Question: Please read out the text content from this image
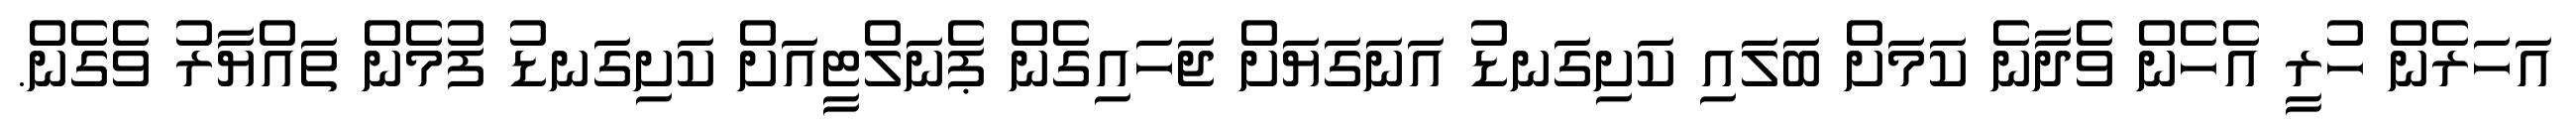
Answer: އަހަރެން ހުރީ އެހެން ވެދާނެ ކަމަށް ބަލައި ކަށިގަނޑު އަނަގަޔަށް ޖަހައިގެން ޕެނަލްޓީއަށް ކަށިގަނޑު ފުމެން ތައްޔާރު ވެގެން.